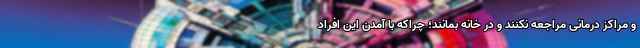
و مراکز درمانی مراجعه نکنند و در خانه بمانند؛ چراکه با آمدن این افراد